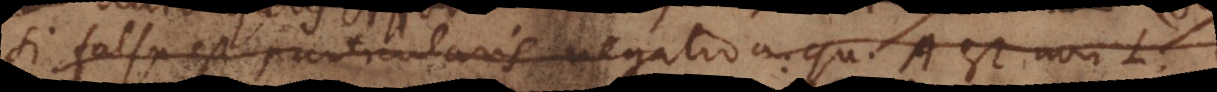
Si falsa est particularis negativa: quoddam A est non-L